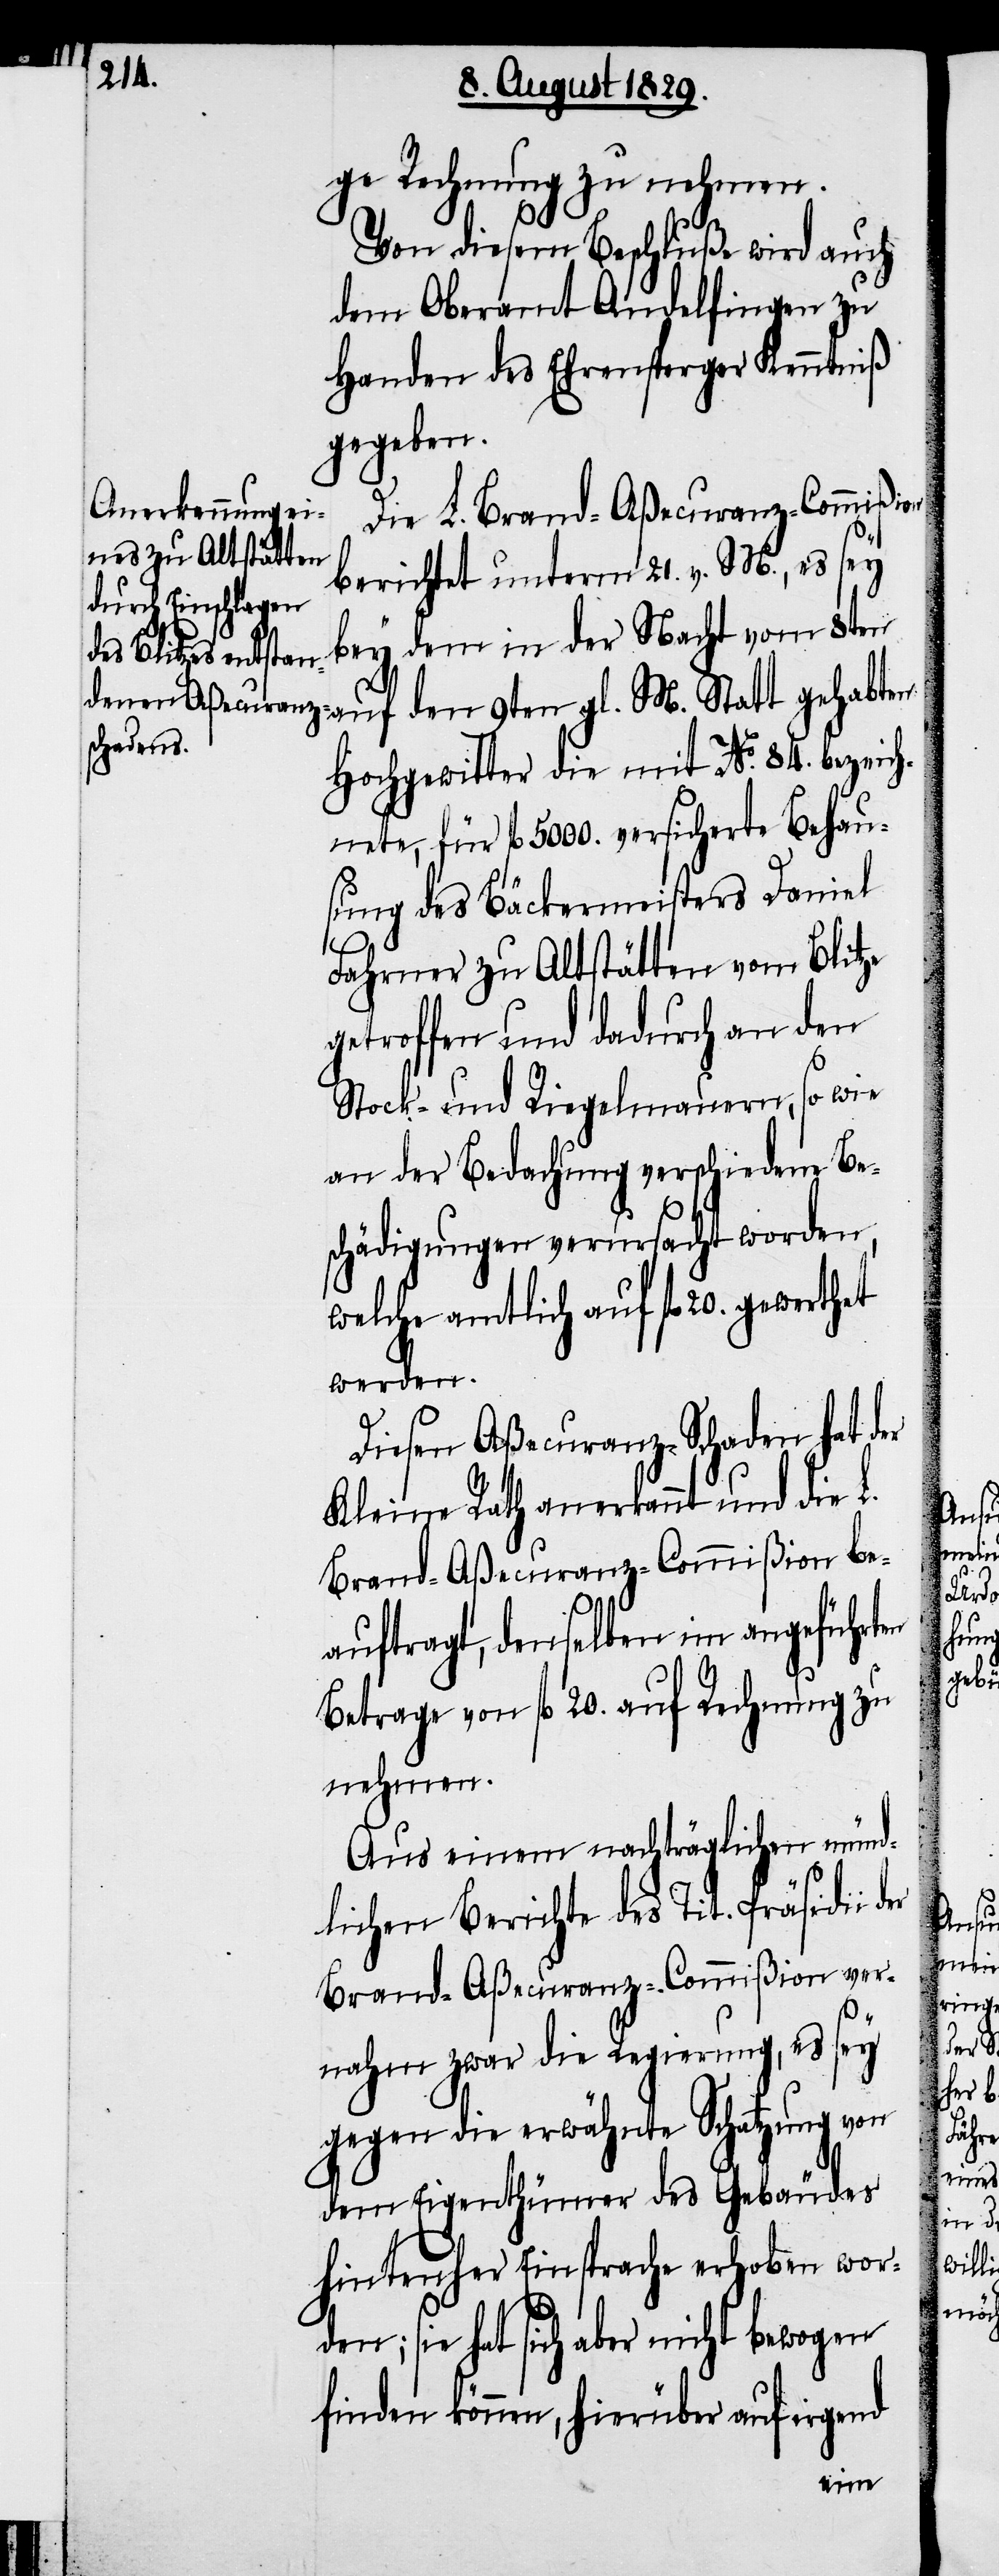
ge Rechnung zu nehmen.
Von diesem Beschluße wird auch
dem Oberamt Andelfingen zu
Handen des Ehrensperger Kenntniß
gegeben.
Die L. Brand-Aßecuranz-Commißon
berichtet unterm 21. v. M., es sey
bey dem in der Nacht vom 8ten
auf den 9ten gl. M. Statt gehabten
Hochgewitter die mit No. 84. bezeich¬
nete, für fl. 5000. versicherte Behau¬
sung des Bäckermeisters Daniel
Fahrner zu Altstätten vom Blitze
getroffen und dadurch an den
Stock- und Riegelmauern, so wie
an der Bedachung verschiedene Be¬
schädigung verursacht worden,
welche amtlich auf fl. 20. gewerthet
werden.
Diesen Aßecuranz-Schaden hat der
Kleine Rath anerkannt und die L.
Brand-Aßecuranz-Commißion be¬
auftragt, denselben im angeführten
Betrage von fl. 20. auf Rechnung zu
nehmen.
Aus einem nachträglich münd¬
lichen Berichte des Tit. Präsidii
Brand-Aßecuranz-Commißion ver¬
nahm zwar die Regierung, es sey
gegen die erwähnte Schatzung von
dem Eigenthümer des Gebäudes
hintenher Einsprache erhoben wor¬
den; sie hat sich nicht bewogen
finden können, hierüber auf irgend

der